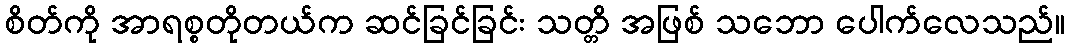
စိတ်ကို အာရစ္စတိုတယ်က ဆင်ခြင်ခြင်း သတ္တိ အဖြစ် သဘော ပေါက်လေသည်။